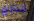
لنتابع